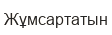
Жұмсартатын